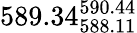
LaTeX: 589.34_{588.11}^{590.44}